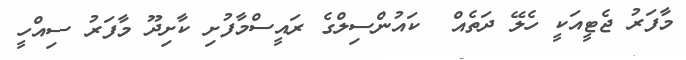
މާފަރު ޖެޓީއަކީ ހެލޭ ދަތެއް  ކައުންސިލްގެ ރައީސްމާފުށި ކާށިދޫ މާފަރު ސިއްހީ